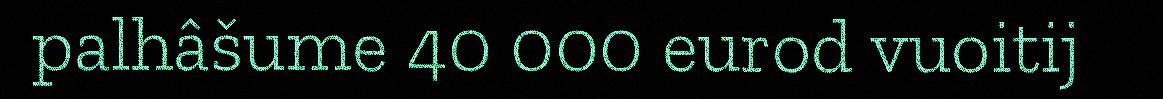
palhâšume 40 000 eurod vuoitij